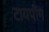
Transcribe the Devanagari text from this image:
टायपींग